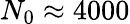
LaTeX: N_{0}\approx 4000